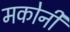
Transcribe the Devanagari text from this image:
मकोनी